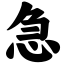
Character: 急